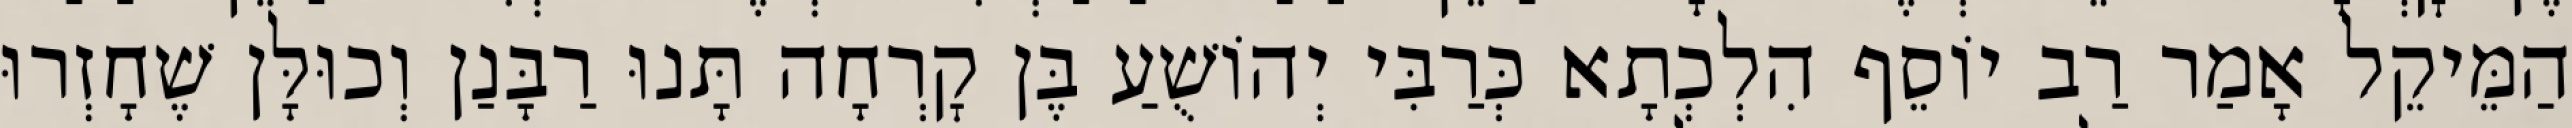
הַמֵּיקֵל אָמַר רַב יוֹסֵף הִלְכְתָא כְּרַבִּי יְהוֹשֻׁעַ בֶּן קׇרְחָה תָּנוּ רַבָּנַן וְכוּלָּן שֶׁחָזְרוּ